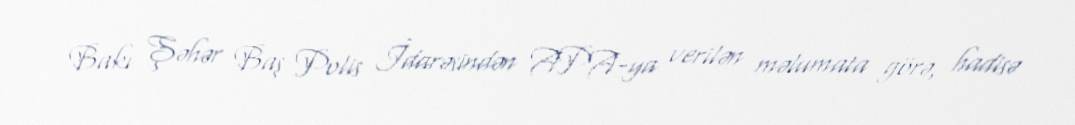
Bakı Şəhər Baş Polis İdarəsindən APA-ya verilən məlumata görə, hadisə